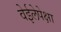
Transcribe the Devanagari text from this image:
वेईलेपेक्षा